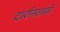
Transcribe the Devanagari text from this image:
दार्शनशास्त्री